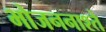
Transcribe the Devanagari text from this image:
भोजननाश्ते